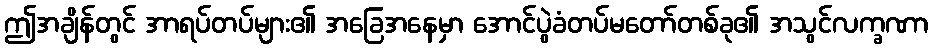
ဤအချိန်တွင် အာရပ်တပ်များ၏ အခြေအနေမှာ အောင်ပွဲခံတပ်မတော်တစ်ခု၏ အသွင်လက္ခဏာ